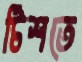
টিশতে